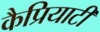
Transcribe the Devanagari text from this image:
कैप्रियाटी